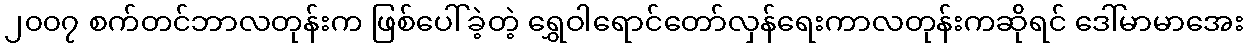
၂၀၀၇ စက်တင်ဘာလတုန်းက ဖြစ်ပေါ်ခဲ့တဲ့ ရွှေဝါရောင်တော်လှန်ရေးကာလတုန်းကဆိုရင် ဒေါ်မာမာအေး